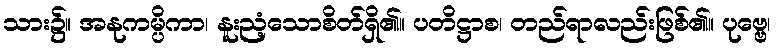
သား၌။ အနုကမ္ပိကာ၊ နူးညံ့သောစိတ်ရှိ၏။ ပတိဋ္ဌာစ၊ တည်ရာလည်းဖြစ်၏။ ပုဗ္ဗေ၊